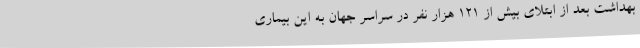
بهداشت بعد از ابتلای بیش از ۱۲۱ هزار نفر در سراسر جهان به این بیماری